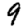
Digit: 9